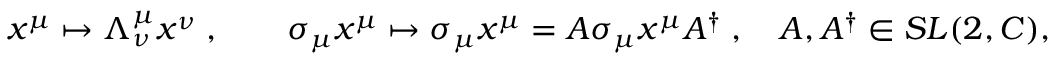
x ^ { \mu } \mapsto \Lambda _ { \nu } ^ { \mu } x ^ { \nu } \; , \qquad \sigma _ { \mu } x ^ { \mu } \mapsto \sigma _ { \mu } x ^ { \mu } = A \sigma _ { \mu } x ^ { \mu } A ^ { \dagger } \; , \quad A , A ^ { \dagger } \in S L ( 2 , C ) ,